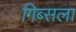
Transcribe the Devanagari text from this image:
गिब्सला